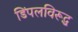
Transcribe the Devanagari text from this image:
डिंपलविरूद्ध